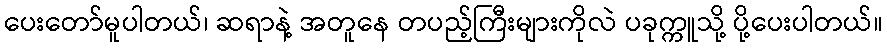
ပေးတော်မူပါတယ်၊ ဆရာနဲ့ အတူနေ တပည့်ကြီးများကိုလဲ ပခုက္ကူသို့ ပို့ပေးပါတယ်။